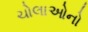
ચોલાઓનો